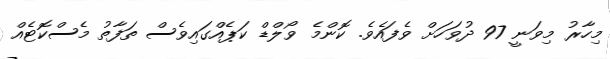
މިހާރު މިވަނީ 97 ދުވަހަށް ވެފައެވެ. ކޮންމެ ވޯލްޑް ކަޕެއްގައިވެސް ތަފާތު މެސްކޮޓެއް